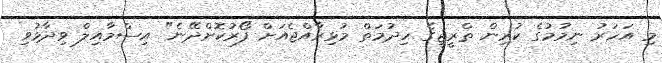
މި އަހަރު ނިމުމުގެ ކުރިން ތްރީޖީގެ ހިދުމަތް މުޅިރާއްޖެއަށް ފޯރުކޮށްދޭނެ" އިސްމާއިލް ވިދާޅުވި